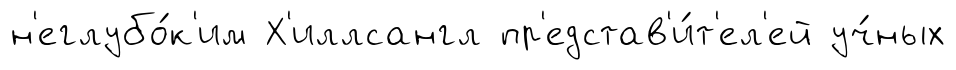
н'еглубо́к'им Х'иллсангл пр'едстав'и́т'ел'ей уч́ных